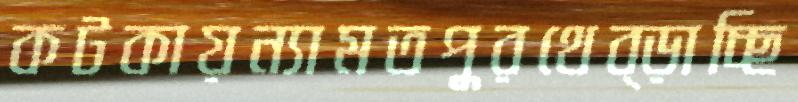
কটকায়ন্যামতপুরথেব্‌ড়াচ্ছি